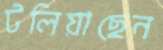
টলিয়াছেন